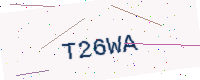
Text: T26WA